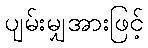
ပျမ်းမျှအားဖြင့်